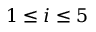
1 \le i \le 5